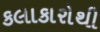
કલાકારોથી